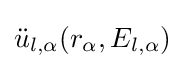
{\ddot {u}}_{l,\alpha }(r_{\alpha },E_{l,\alpha })